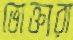
ভোক্তারা